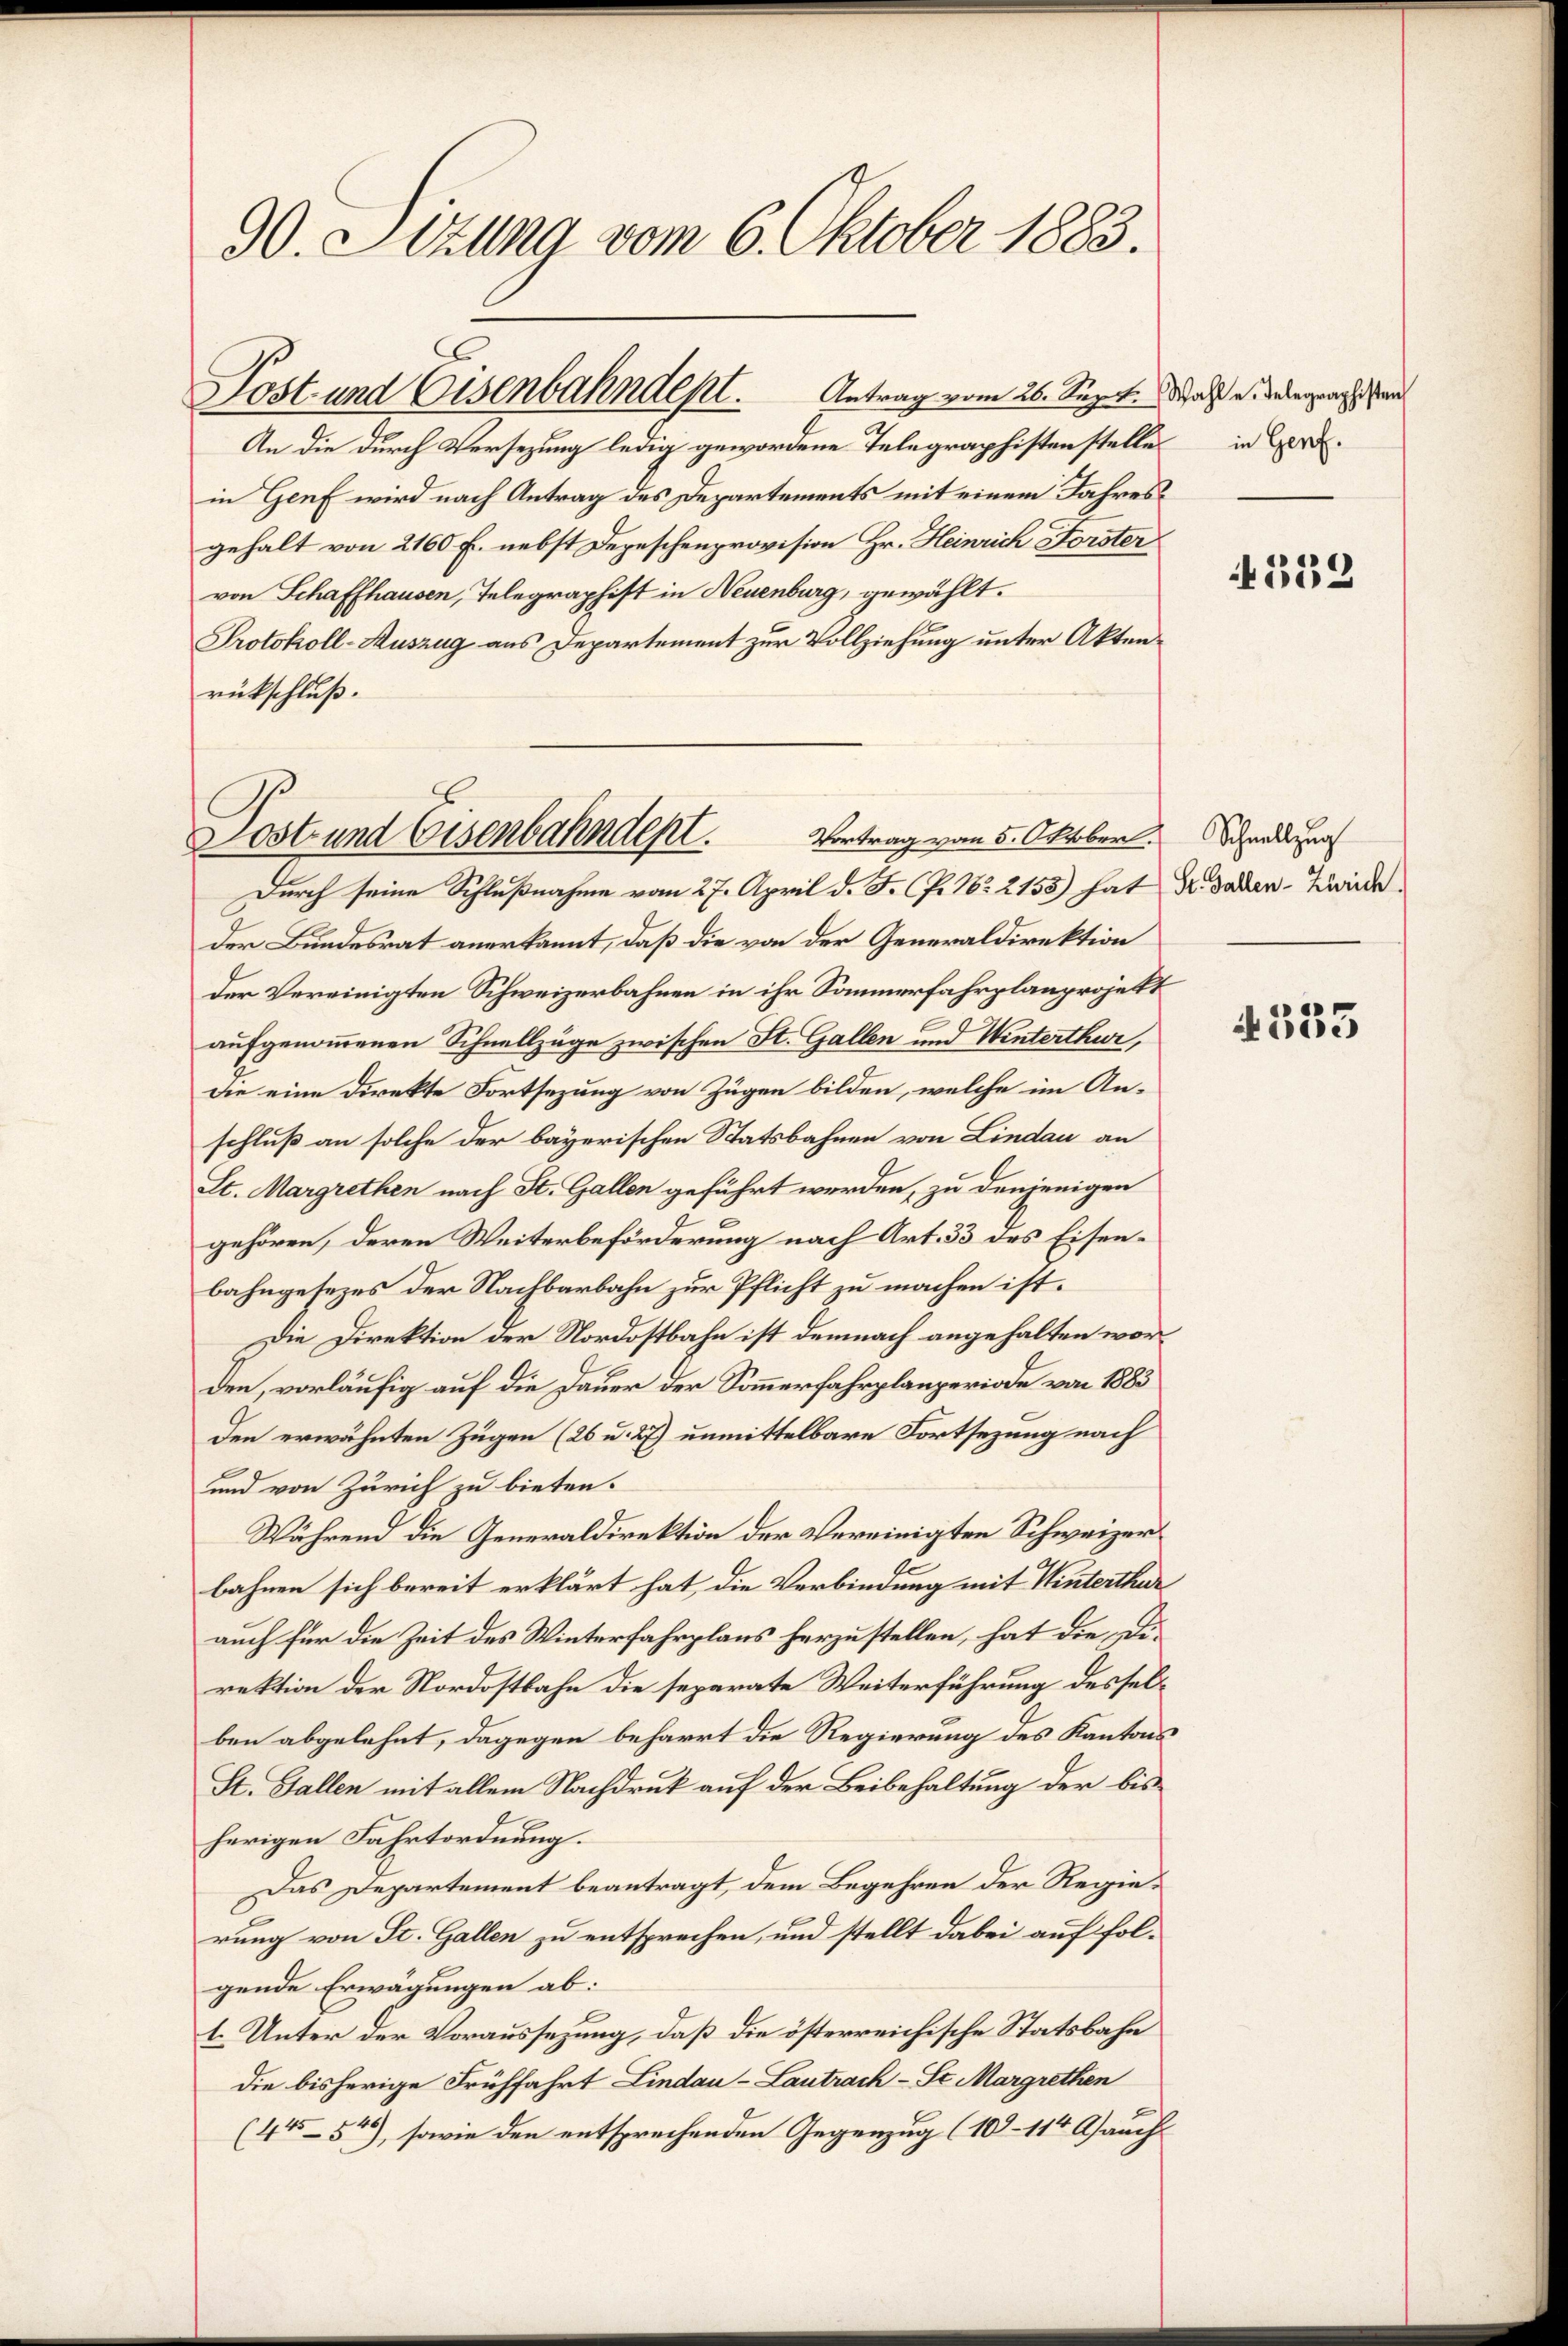
90. Setzung vom 6. Oktober 1883.

Post und Eisenbahndept.          Antrag vom 26. Sept. Was u. der ganz sein

An die durch Versezung ledig gewordene Telegraphistenstelle in Ber
in Genf wird nach Antrag des Departements mit einem Jahresgehalt von 2160 f. nebst Depeschenprovision Hr. Heinrich Forster
von Schaffhausen, Telegraphist in Neuenburg, gewählt.
Protokoll-Auszug aus Departement zur Vollziehung unter Aktenrückschluß.

Durch seine Schlußnahme vom 27. April d. J. P. Nr. 2153) hat Dr. Baden-Zweide
der Bundesrat anerkannt, daß die von der Generaldirektion
der Vereinigten Schweizerbahnen in ihr Sommerfahrplanprojekt
aufgenommenen Schnellzüge zwischen St. Gallen und Winterthur,
die eine Direkte Fortsezung von Zügen bilden, welche im Anschluß an solche der bayerischen Statsbahnen von Lindau an
St. Margrethen nach St. Gallen geführt werden, zu denjenigen
gehören, deren Weiterbeförderung nach Art. 53 des Eisenbahngesezes der Nachbarbahn zur Pflicht zu machen ist.
Die Direktion der Nordostbahn ist demnach angehalten worden, vorläufig auf die Dauer der Sommerfahrplanperiode von 1883
den erwähnten Zügen (26 u. 27) unmittelbare Fortsezung nach
und von Zürich zu bieten.
Während die Generaldirektion der Vereinigten Schweizer¬
A
bahnen sich bereit erklärt hat, die Verbindung mit Winterthur
auch für die Zeit des Winterfahrplans herzustellen, hat die Direktion der Nordostbahn die separate Weiterführung desselben abgelehnt, dagegen beharrt die Regierung des Kantons
St. Gallen mit allem Nachdruk auf der Beibehaltung der bis
herigen Fahrtordnung.
Das Departement beantragt, dem Begehren der Regierung von St. Gallen zu entsprechen, und stellt dabei auf folgende Erwägungen ab:
l. Unter der Voraussezung, daß die österreichische Statsbahn
die bisherige Frühfahrt Lindau-Lantrach - Se. Margrethen
(44554), sowie den entsprechenden Gegenzug (10–114 Asauch

Lost- und Eisenbahndept. Vortrag vom 5. Oktober.

132

Schnellzug

4333